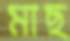
মাছ